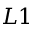
L 1